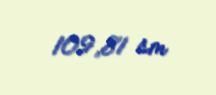
109,81 sm